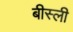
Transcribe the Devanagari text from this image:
बीस्ली